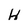
Character: H